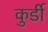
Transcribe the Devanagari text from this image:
कुर्डी